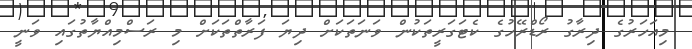
މިއަހަރުގެ ދިރާގު ރޯޑްރޭހުގެ ކެޓަގަރީތަކުން ވަނަތަކަށް ދިޔަ ފަރާތްތަކަށް މި ރަސްމިއްޔާތުގައި ވަނީ